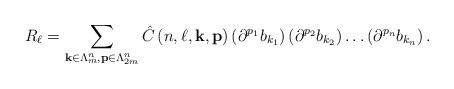
LaTeX: \begin{align*}R_{\ell}=\sum_{\mathbf{k}\in\Lambda_{m}^{n},\mathbf{p\in}\Lambda_{2m}^{n}}\hat{C}\left( n,\ell,\mathbf{k},\mathbf{p}\right) \left( \partial^{p_{1}}b_{k_{1}}\right) \left( \partial^{p_{2}}b_{k_{2}}\right) \dots\left(\partial^{p_{n}}b_{k_{n}}\right) . \end{align*}